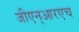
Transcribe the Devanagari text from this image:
जीएन्‌आरएच